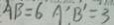
A B = 6 A ^ { \prime } B ^ { \prime } = 3